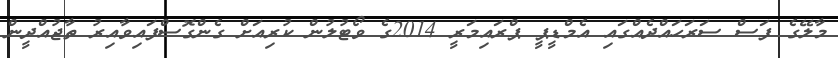
މާލޭގެ ފަސް ސަރަހައްދެއްގައި އެމްޑީޕީ ޕްރައިމަރީ 2014ގެ ވޯޓުލުން ކުރިއަށް ގެންގޮސްފައިވާއިރު ތާޖުއްދީން